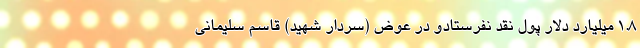
1.8 میلیارد دلار پول نقد نفرستادو در عوض (سردار شهید) قاسم سلیمانی